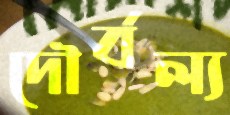
দৌর্বল্য